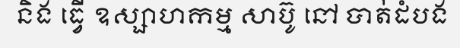
និង ធ្វើ ឧស្សាហកម្ម សាប៊ូ នៅ បាត់ដំបង